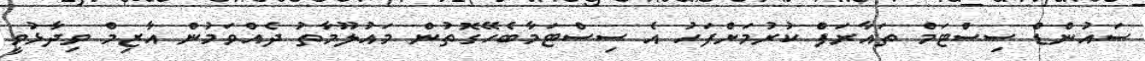
ސައުންޑް ސިސްޓަމް ތައާރަފް ކުރުމަށްފަހު އެ ސިސްޓަމާބެހޭގޮތުން މައުލޫމާތު ދެއްވަމުން އާޒިމް ވިދާޅުވީ